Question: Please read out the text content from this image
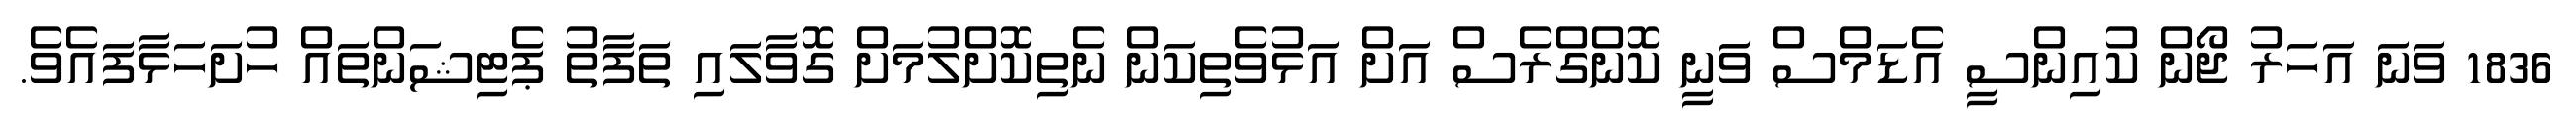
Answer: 1836 ވަނަ އަހަރު ޖޯން ކުއިންސީ އެޑަމްސް ވަނީ ކޮންގްރެސް އަށް އަޅުވެތިކަން ނެތިކޮށްލުމަށް ގޮވާލައި ތަފާތު ޕެޓިޝަންތައް ހުށަހަޅާފައެވެ.